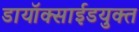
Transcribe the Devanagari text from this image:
डायॉक्साईडयुक्त